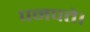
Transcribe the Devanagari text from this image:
पनपते।